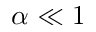
\alpha \ll 1